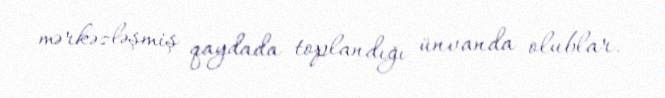
mərkəzləşmiş qaydada toplandığı ünvanda olublar.